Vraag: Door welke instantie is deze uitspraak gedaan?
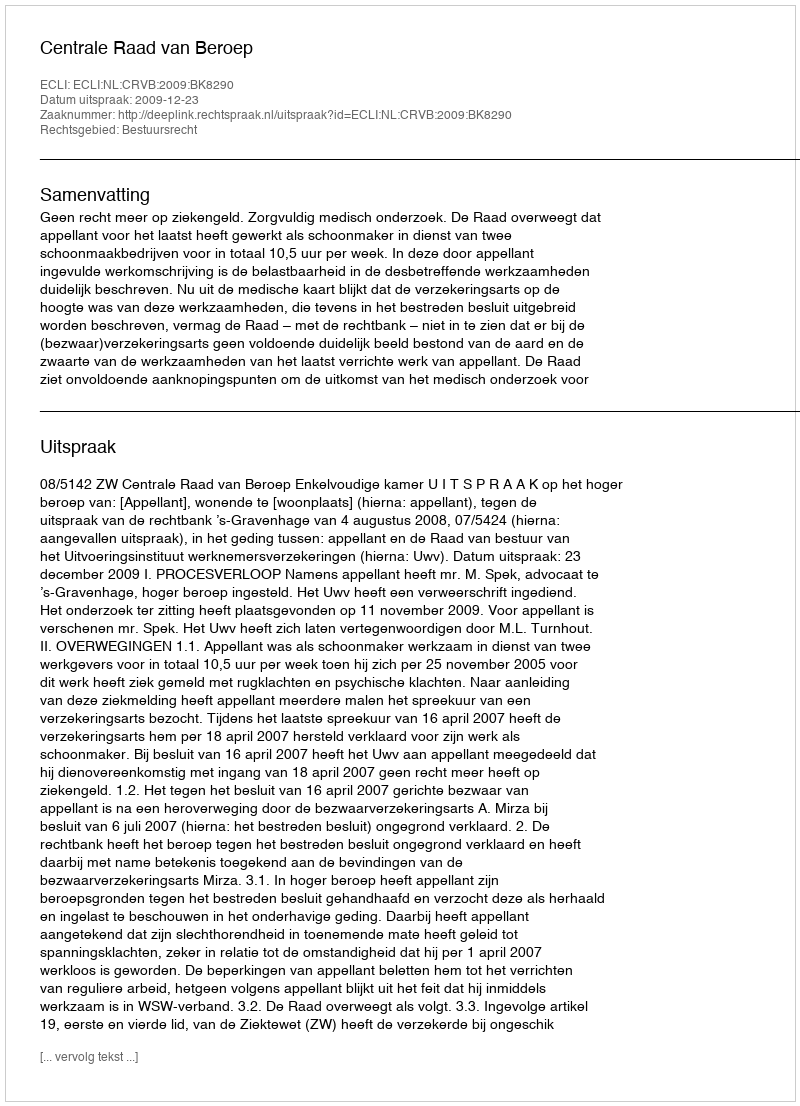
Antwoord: Centrale Raad van Beroep